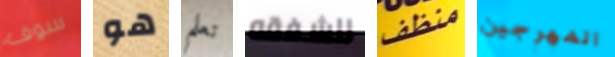
سوف هو تعلم للشفقه منظف المهرجين